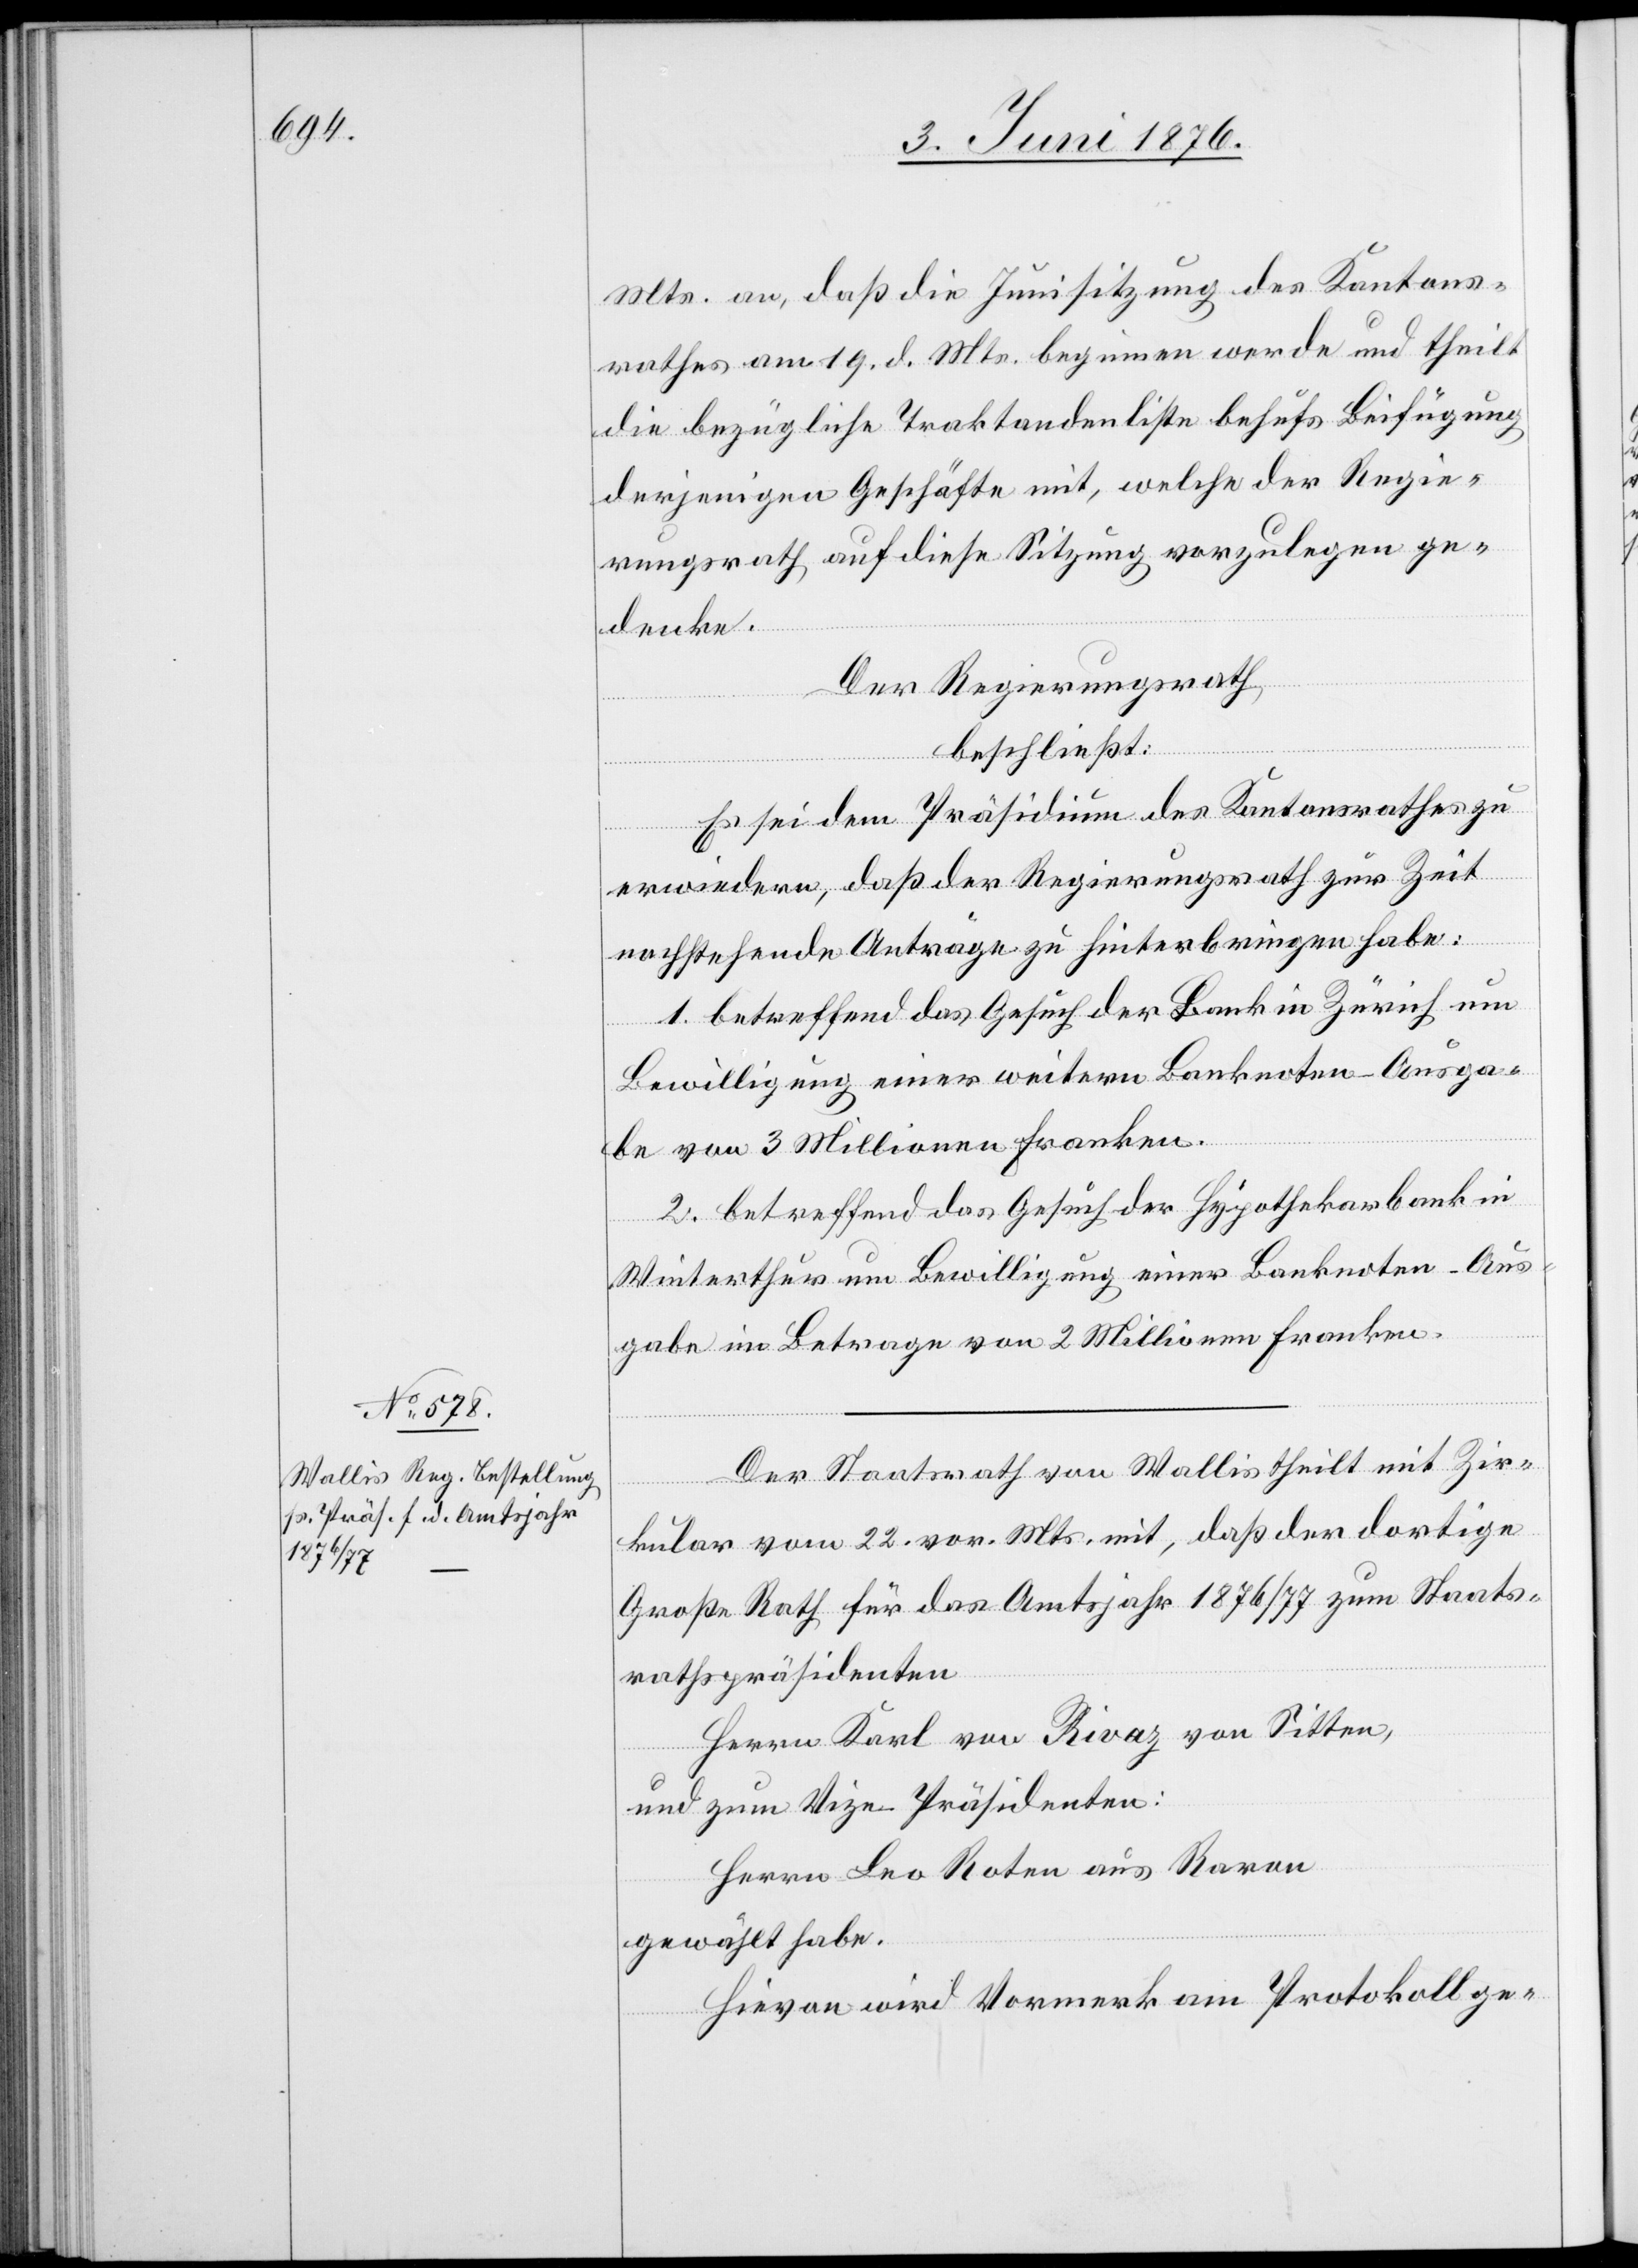
Mts. an, daß die Junisitzung des Kantons¬
rathes am 19. d. Mts. beginnen werde und theilt
die bezügliche Traktandenliste behufs Beifügung
derjenigen Geschäfte mit, welche der Regie¬
rungsrath auf diese Sitzung vorzulegen ge¬
denke.
Der Regierungsrath,
beschließt:
Es sei dem Präsidium des Kantonsrathes zu
erwiedern, daß der Regierungsrath zur Zeit
enten
nachstehende Anträge zu hinterbringen habe:
1. betreffend das Gesuch der Bank in Zürich um
Bewilligung einer weitern Banknoten-Ausga¬
be von 3 Millionen Franken.
2. betreffend das Gesuch der Hypothekarbank in
Winterthur um Bewilligung einer Banknoten-Aus¬
gabe im Betrage von 2 Millionen Franken.
Der Staatsrath von Wallis theilt mit Zir¬
kular vom 22. vor. Mts. mit, daß der dortige
Große Rath für das Amtsjahr 1876/77 zum Staats¬
Herrn Karl von Rivaz von Sitten,
und zum Vize-Präsidenten:
Herrn Leo Roten aus Raron
gewählt habe.
Hievon wird Vormerk am Protokoll ge-